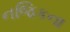
નજિકના